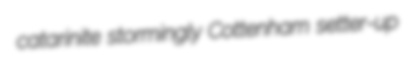
catarinite stormingly Cottenham setter-up